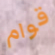
قوام